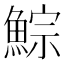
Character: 鯮